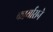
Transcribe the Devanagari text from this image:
कार्यासने